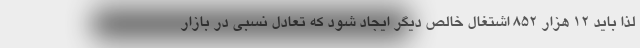
لذا باید ۱۲ هزار ۸۵۲ اشتغال خالص دیگر ایجاد شود که تعادل نسبی در بازار